Annual report of the Punjab Veterinary College and of the Civil Veterinary Department, Punjab - 1894-1908
Year: 1894
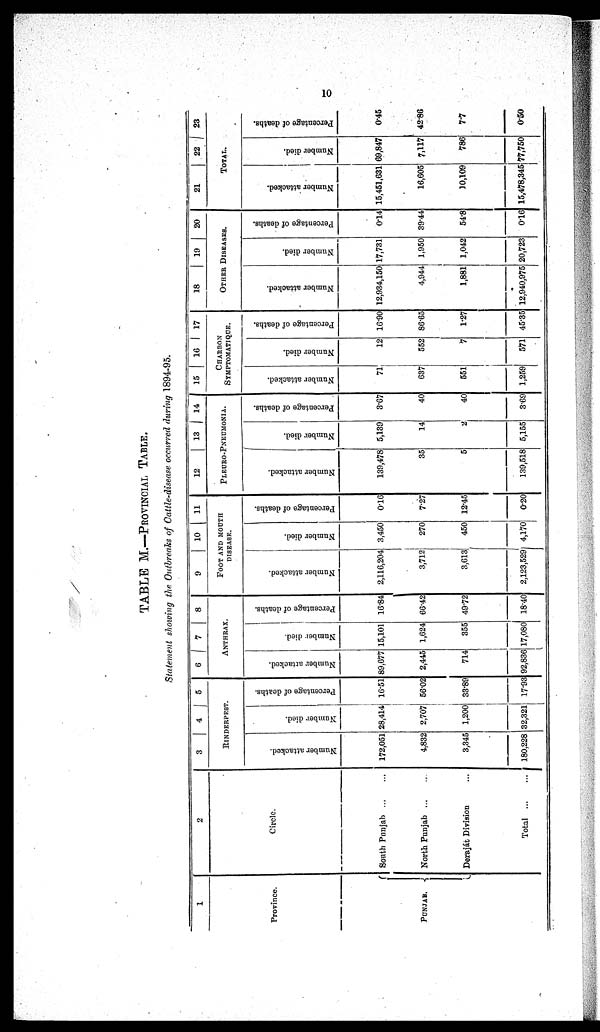
10
TABLE M.—PROVINCIAL TABLE.
Statement showing the Outbreaks of Cattle-disease occurred during 1894-95.
1
Province.
PUNJAB.
2
Circle.
South Punjab
...
...
North Punjab
...
...
Deraját Division ... ...
Total
...
...
3
4
5
RINDERPEST.
Number attacked.
172,051
4,832
3,345
180,228
Number died.
28,414
2,707
1,200
32,321
Percentage of deaths.
16.51
56.02
33.89
17.93
6
7
8
ANTHRAX.
Number attacked.
89,677
2,445
714
92,836
Number died.
15,101
1,624
355
17,080
Percentage of deaths.
16.84
66.42
49.72
18.40
9
10
11
FOOT AND MOUTH
DISEASE.
Number attacked.
2,116,204
3,712
3,613
2,123,529
Number died.
3,450
270
450
4,170
Percentage of deaths.
0.16
7.27
12.45
0.20
12
13
14
PLEURO-PNEUMONIA.
Number attacked.
139,478
35
5
139,518
Number died.
5,139
14
2
5,155
Percentage of deaths.
3.67
40
40
3.69
15
16
17
CHARBON
SYMPTOMATIQUE .
Number attacked.
71
637
551
1,259
Number died.
12
552
7
571
Percentage of deaths.
16.90
86.65
1.27
45.35
18
19
20
OTHER DISEASES.
Number attacked.
12,934,150
4,944
1,881
12,940,975
Number died.
17,731
1,950
1,042
20,723
Percentage of deaths.
0.14
39.44
54.8
0.16
21
22
23
TOTAL.
Number attacked.
15,451,631
16,605
10,109
15,478,345
Number died.
69,847
7,117
786
77,750
Percentage of deaths.
0.45
42.86
7.7
0.50